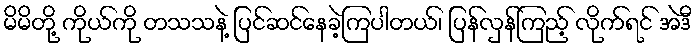
မိမိတို့ ကိုယ်ကို တသသနဲ့ ပြင်ဆင်နေခဲ့ကြပါတယ်၊ ပြန်လှန်ကြည့် လိုက်ရင် အဲဒီ